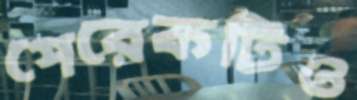
পেরেকটিও